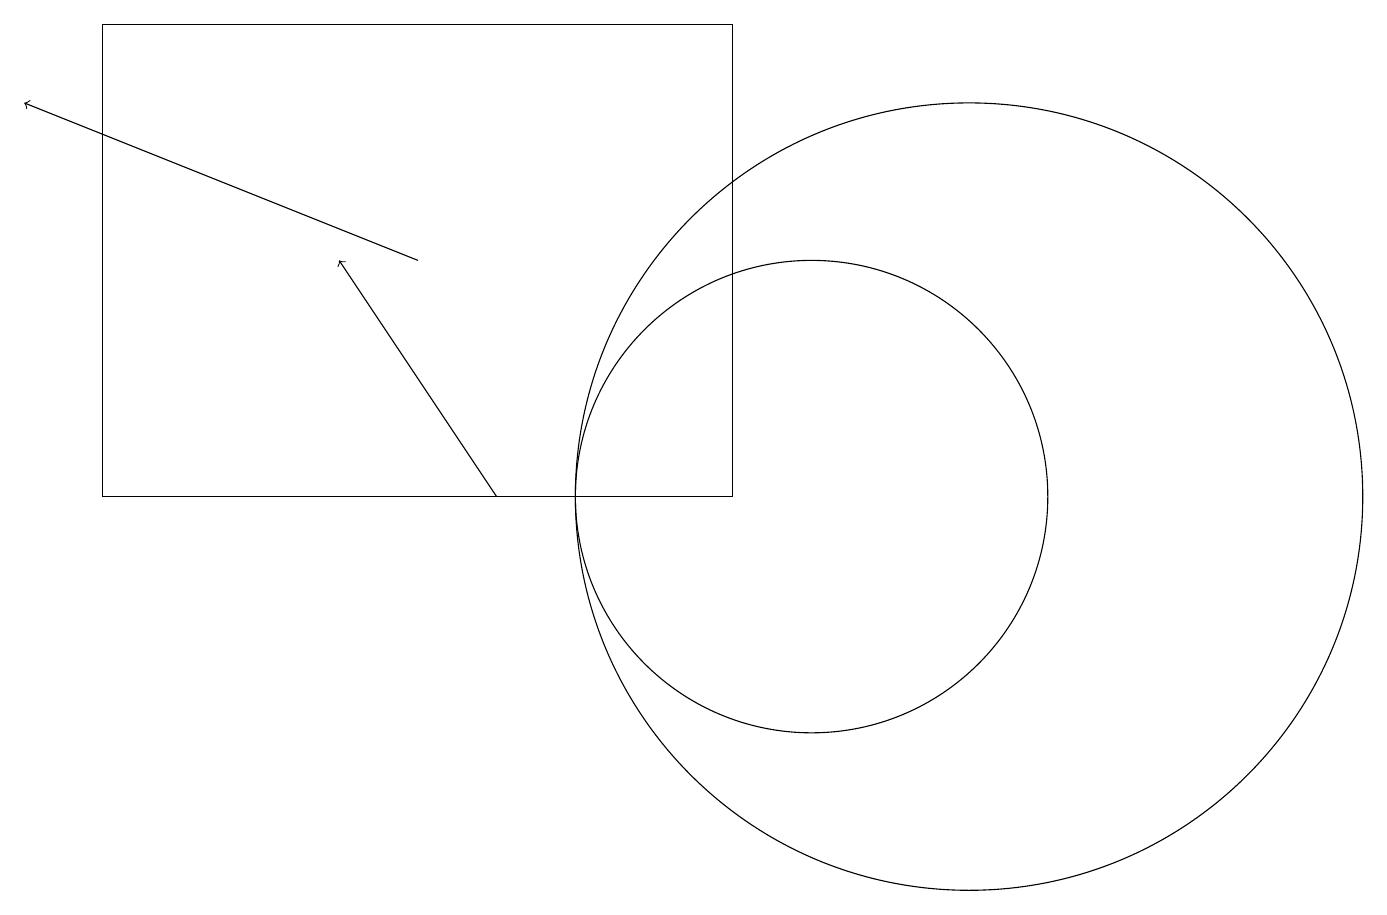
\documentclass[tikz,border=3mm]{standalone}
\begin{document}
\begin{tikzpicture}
\draw (1,11) rectangle (9,17);
\draw (10,11) circle (3);
\draw[->] (6,11) -- (4,14);
\draw (12,11) circle (5);
\draw[->] (5,14) -- (0,16);
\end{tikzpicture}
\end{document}